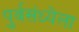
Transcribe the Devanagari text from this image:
पुर्वसंध्येला